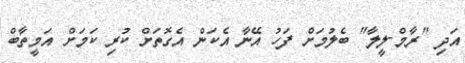
އަދި "ރާމް-ލީލާ" ބެލުމަށް ފަހު އޭނާ އެކަން އެގޮތަށް ކުރި ކަމަށް އަމީތާބް